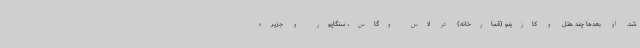
شد. او بعدها چند هتل و کازینو (قمارخانه) در لاس وگاس، سنگاپور و جزیره